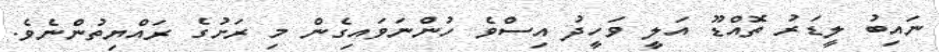
ނައިބު ލީޑަރު ތޮއްޑޫ އަލީ ވަހީދު އިސްވެ ހުންނަވައިގެން މި ރަށުގެ ރައްޔިތުންނެވެ.